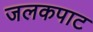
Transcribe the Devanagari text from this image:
जलकपाट